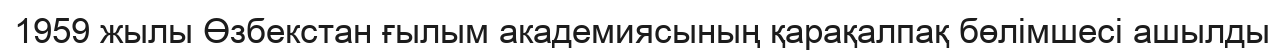
1959 жылы Өзбекстан ғылым академиясының қарақалпақ бөлімшесі ашылды